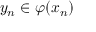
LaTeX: y _ { n } \in \varphi ( x _ { n } )